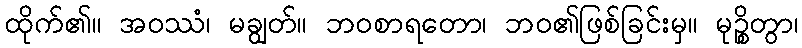
ထိုက်၏။ အဝဿံ၊ မချွတ်။ ဘဝစာရတော၊ ဘဝ၏ဖြစ်ခြင်းမှ။ မုဉ္စိတွာ၊